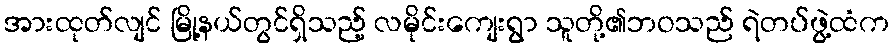
အားထုတ်လျင် မြို့နယ်တွင်ရှိသည့် လမိုင်းကျေးရွာ သူတို့၏ဘဝသည် ရဲတပ်ဖွဲ့ထံက